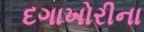
દગાખોરીના